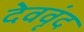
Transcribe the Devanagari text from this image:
देववृंद